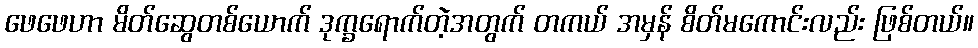
ဖေဖေဟာ မိတ်ဆွေတစ်ယောက် ဒုက္ခရောက်တဲ့အတွက် တကယ် အမှန် စိတ်မကောင်းလည်း ဖြစ်တယ်။